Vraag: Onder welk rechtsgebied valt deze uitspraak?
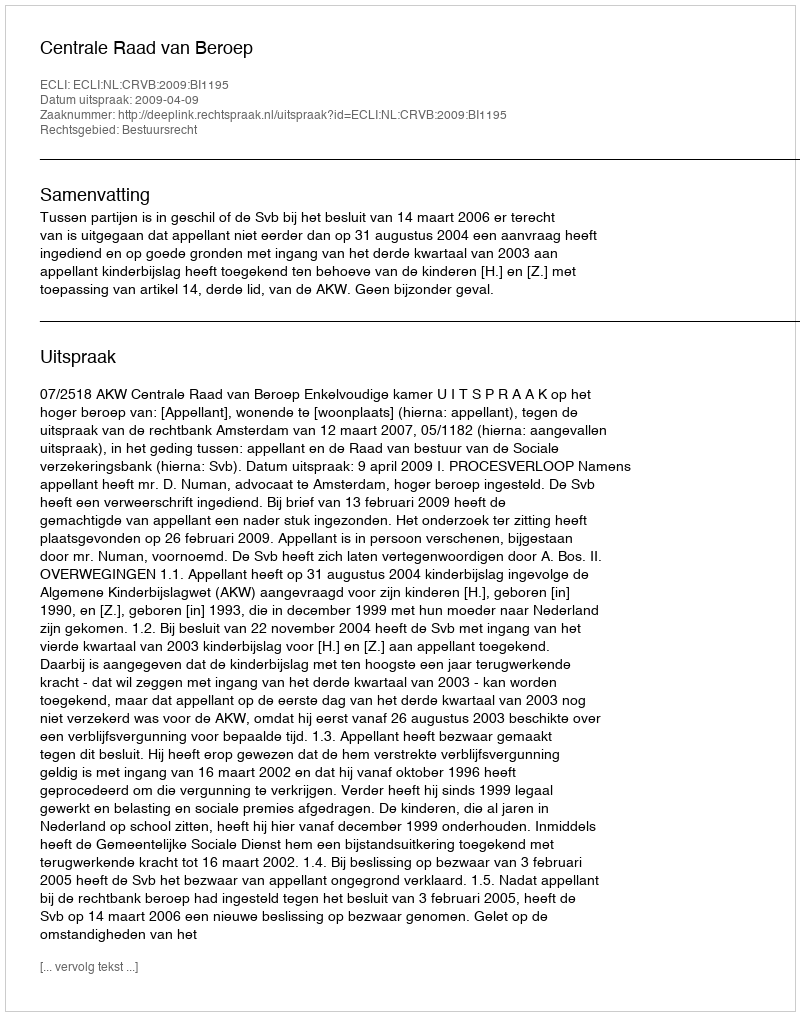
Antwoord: Bestuursrecht